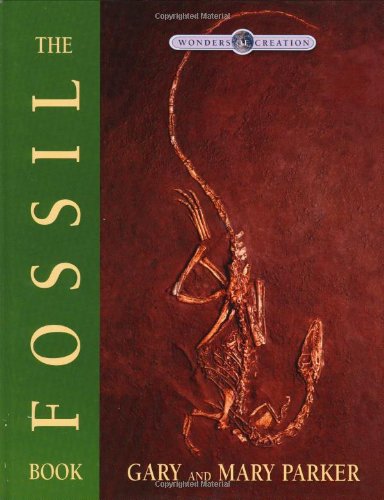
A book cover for The Fossil Book (Wonders of Creation); Gary Parker; Science & Math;